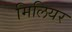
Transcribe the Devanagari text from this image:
मिलियर